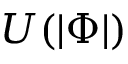
U ( | \Phi | )